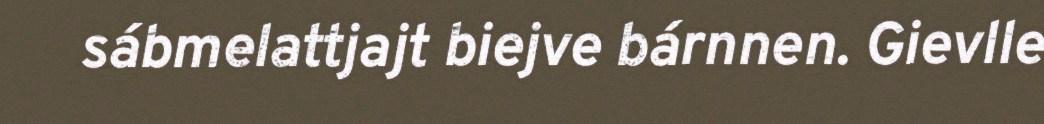
sábmelattjajt biejve bárnnen. Gievlle